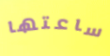
ساعتها